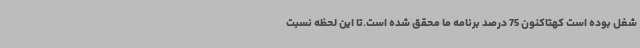
شغل بوده است کهتاکنون 75 درصد برنامه ما محقق شده است.تا این لحظه نسبت